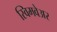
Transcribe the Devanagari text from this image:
स्विमवेअर